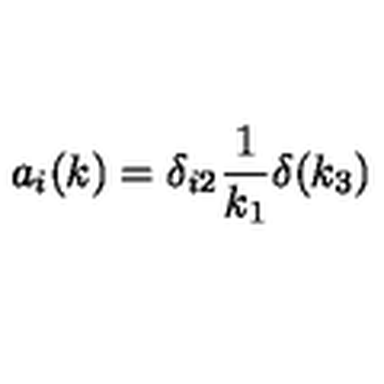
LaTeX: a _ { i } ( k ) = \delta _ { i 2 } \frac { 1 } { k _ { 1 } } \delta ( k _ { 3 } )